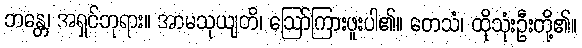
ဘန္တေ၊ အရှင်ဘုရား။ အာမသုယျတိ၊ ဩော်ကြားဖူးပါ၏။ တေသံ၊ ထိုသုံးဦးတို့၏။